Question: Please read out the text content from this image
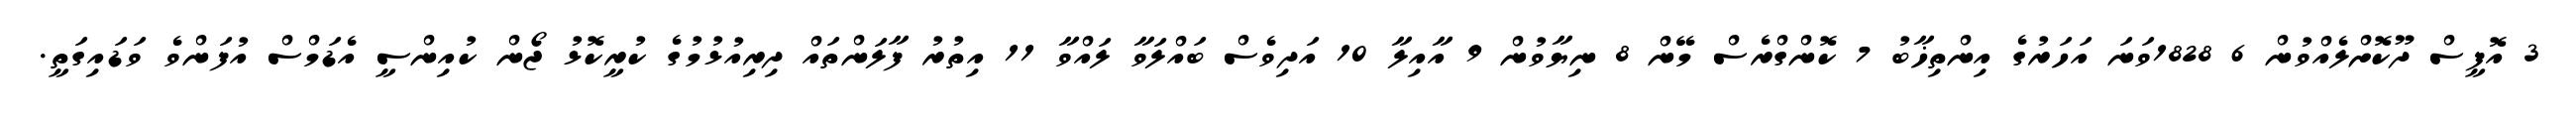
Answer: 3 އޮފީސް ދޫކޮށްލެއްވުން 6 1828ވަނަ އަހަރުގެ އިންތިޚާބު 7 ކޮންގްރެސް މޭން 8 ނިޔާވުން 9 އާއިލާ 10 އަދިވެސް ބައްލަވާ ލައްވާ 11 އިތުރު ފާލަންތައް ދިރިއުޅުމުގެ ކުރީކޮޅު ޖޯން ކުއިންސީ އެޑަމްސް އުފަންވެ ވަޑައިގަތީ.